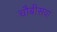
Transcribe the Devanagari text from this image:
चौबीसवा